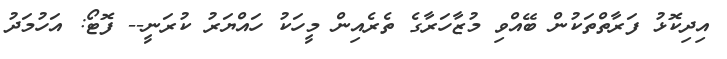
އިދިކޮޅު ފަރާތްތަކުން ބޭއްވި މުޒާހަރާގެ ތެރެއިން މީހަކު ހައްޔަރު ކުރަނީ-- ފޮޓޯ: އަހުމަދު